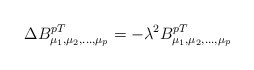
\begin{align*}\Delta B^{pT}_{\mu_1, \mu_2,...,\mu_p}=-\lambda^2 B^{pT}_{\mu_1,\mu_2,...,\mu_p}\end{align*}